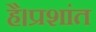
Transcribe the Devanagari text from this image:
है।प्रशांत